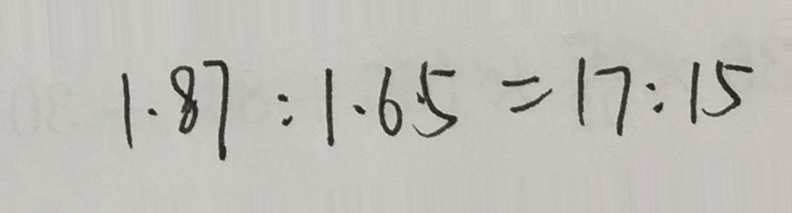
1 . 8 7 : 1 . 6 5 = 1 7 : 1 5